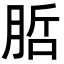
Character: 𭨷